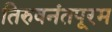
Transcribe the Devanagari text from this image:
तिरुवनंतपूरम